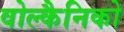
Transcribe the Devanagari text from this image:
वोल्कैनिको